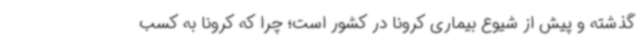
گذشته و پیش از شیوع بیماری کرونا در کشور است؛ چرا که کرونا به کسب